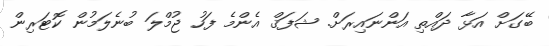
ބޭގަށް އަޅާ ދައްތި އަންނައިރަށް. ޝަފަޤް އެންމެ ފަހު ޖުމްލަ ބުނެލަމުން ކޮޓަރިން